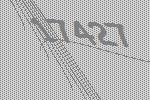
17427